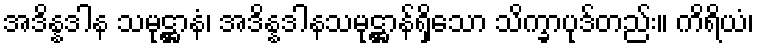
အဒိန္နဒါန သမုဋ္ဌာနံ၊ အဒိန္နဒါနသမုဋ္ဌာန်ရှိသော သိက္ခာပုဒ်တည်း။ ကိရိယံ၊